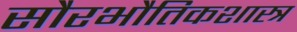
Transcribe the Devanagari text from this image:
सौरभौतिकशास्त्र